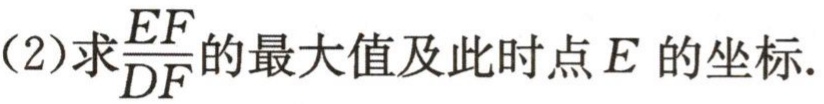
(2)求$\frac{EF}{DF}$的最大值及此时点$E$的坐标.